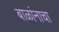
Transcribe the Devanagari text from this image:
बाळांनाचा